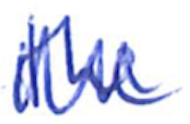
Text: the
Cross-out: zig-zag
Writing tool: ballpoint